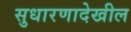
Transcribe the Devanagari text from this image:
सुधारणादेखील